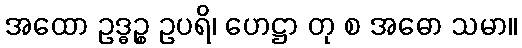
အထော ဥဒ္ဓဉ္စ ဥပရိ၊ ဟေဋ္ဌာ တု စ အဓော သမာ။